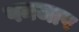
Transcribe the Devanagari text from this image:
पनजाप